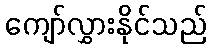
ကျော်လွှားနိုင်သည်